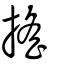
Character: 搖